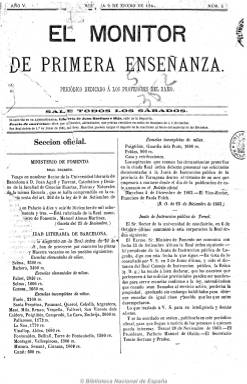
Título: El Monitor de primera enseñanza
Colección: Educación
Ámbito geográfico: Barcelona
Lugar de publicación: Barcelona
Fechas: 02/01/1864-27/12/1888

Subtitulado “periódico dedicado a los profesores del ramo”, aparece el uno de diciembre de 1859, fundado por Antonio J. Bastinos, convirtiéndose en una de las publicaciones pedagógicas catalanas más longevas, pues estuvo publicándose hasta 1928, perteneciendo siempre su propiedad a esta familia de editores y libreros barceloneses, y representando, según Checa Godoy, el “magisterio liberal”.

Comenzó siendo quincenal y desde su número 13 lo fue decenal, siendo seguidamente semanal hasta el final, apareciendo los sábados. Los números de la colección de la Biblioteca Nacional corresponden a 1864, de ocho páginas cada uno, y con secciones de artículos doctrinales, boletines de noticias, parte oficial, bibliografía, consultas y comunicados, revista de prensa y anuncios comerciales. En 2024 se agregan los números de 1885-1888 que adquirió la BNE en el año 2022 para ampliar esta colección.

La revista mantuvo también las aspiraciones corporativas de este sector de enseñanza. Su primer director fue Mariano Forcada, siendo dirigido también a lo largo de su vida por Antonio y Eduardo J. Bastinos, herederos del fundador. Publicó también un Almanaque del maestro.

[Descripción modificada el 19/03/2024]